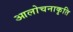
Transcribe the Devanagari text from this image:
आलोचनाकृति